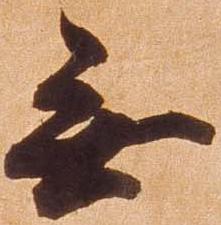
無